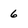
Character: 6